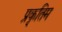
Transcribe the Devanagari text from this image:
प्रकृतिम